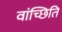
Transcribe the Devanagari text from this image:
वांच्छिति